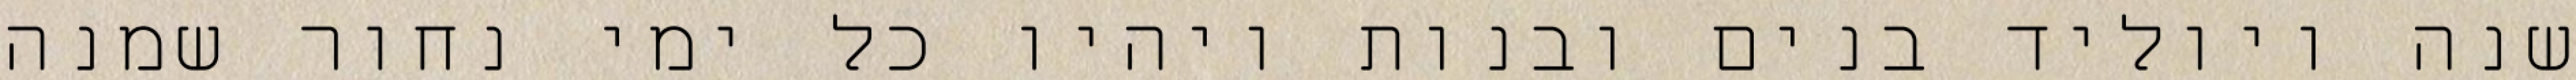
שנה ויוליד בנים ובנות ויהיו כל ימי נחור שמנה